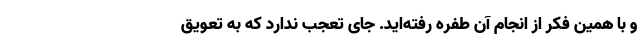
و با همین فکر از انجام آن طفره رفته‌اید. جای تعجب ندارد که به تعویق